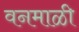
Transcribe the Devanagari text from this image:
वनमाळी